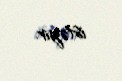
istəyir.